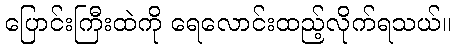
ပြောင်းကြီးထဲကို ရေလောင်းထည့်လိုက်ရသယ်။